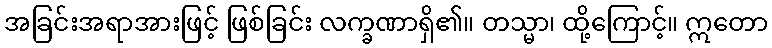
အခြင်းအရာအားဖြင့် ဖြစ်ခြင်း လက္ခဏာရှိ၏။ တသ္မာ၊ ထို့ကြောင့်။ ဣတော